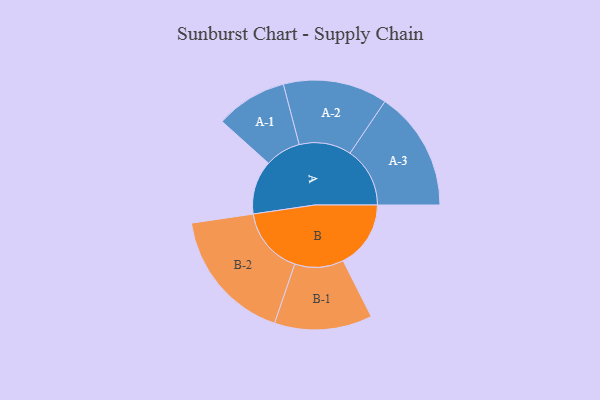
{"axis": {"x": "Segment", "y": "Value"}, "legend": ["", "A", "B"], "data": [{"x": "A", "y": 229, "type": ""}, {"x": "B", "y": 288, "type": ""}, {"x": "A-1", "y": 152, "type": "A"}, {"x": "A-2", "y": 222, "type": "A"}, {"x": "A-3", "y": 255, "type": "A"}, {"x": "B-1", "y": 208, "type": "B"}, {"x": "B-2", "y": 286, "type": "B"}]}